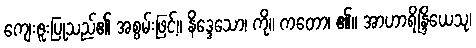
ကျေးဇူးပြုသည်၏ အစွမ်းဖြင့်။ နိဒ္ဒေသော၊ ကို။ ကတော၊ ၏။ အာဟာရိန္ဒြိယေသု၊